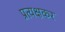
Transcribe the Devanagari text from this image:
प्रत्यक्षकर